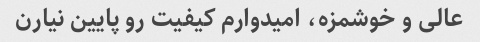
عالی و خوشمزه، امیدوارم کیفیت رو پایین نیارن